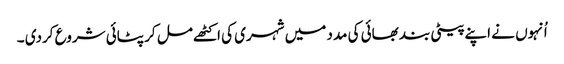
اُنہوں نے اپنے پیٹی بند بھائی کی مدد میں شہری کی اکٹھے مل کر پٹائی شروع کردی ۔